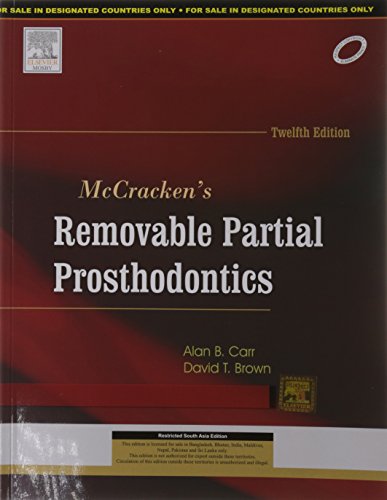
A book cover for McCracken's Removable Partial Prosthodontics; Carr; Medical Books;